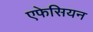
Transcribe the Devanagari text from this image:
एफेसियन